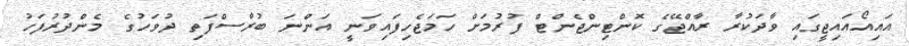
އައިއޯއައިޖީގައި ވާދަކުރާ ރާއްޖޭގެ ކޮންޓިންޖެންޓް ފުރުމަށް ހަމަޖެހިފައިވަނީ އަންނަ ބުރާސްފަތި ދުވަހުގެ މެންދުރުފަހު